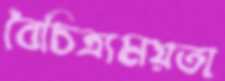
বৈচিত্র্যময়তা